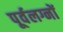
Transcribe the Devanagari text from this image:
पूर्वलग्नों